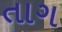
તાગ